Indian journal of veterinary science and animal husbandry - Volume 12,
Year: 1942
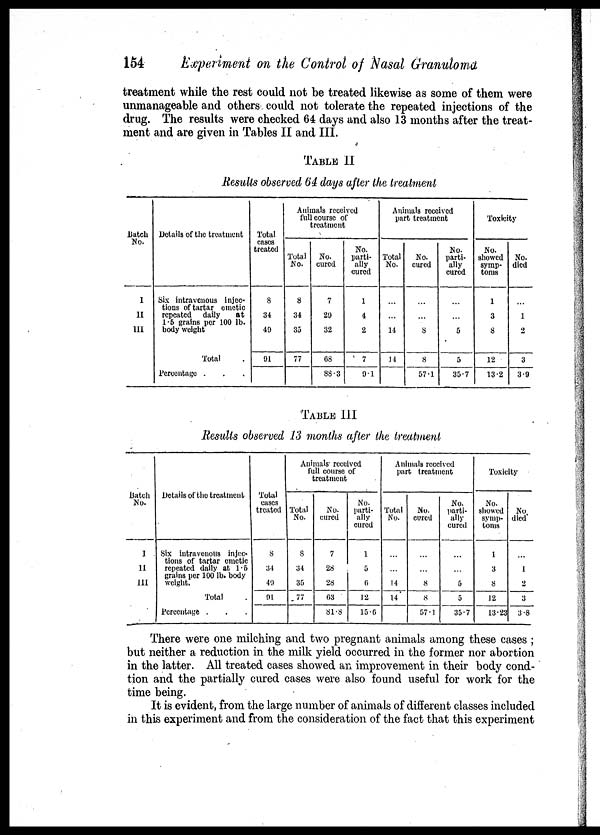
154
Experiment
on the Control of Nasal Granuloma
treatment while the rest could not be treated likewise as some of them were
unmanageable and others could not tolerate the repeated injections of the
drug. The results were checked 64 days and also 13 months after the treat-
ment and are given in Tables II and III.
TABLE II
Results observed 64 days after the treatment
Batch
No.
I
II
III
Details of the treatment
Six intravenous injec-
tions of tartar emetic
repeated
daily
at
1.5 grains per 100 lb.
body weight
Total .
Percentage . . .
Total
cases
treated
8
34
49
91
Animals received
full course of
treatment
Total
No.
3
34
35
77
No.
cured
7
29
32
68
88.3
No.
parti-
ally
cured
1
4
2
7
9.1
Animals received
part treatment
Total
No.
...
...
14
14
No.
cured
...
...
8
8
57.1
No.
parti-
ally
cured
...
...
5
5
35.7
Toxicity
No.
showed
symp-
toms
1
3
8
12
13.2
No.
died
...
1
2
3
3.9
TABLE III
Results observed 13 months after the treatment
Batch
No.
I
II
III
Details of the treatment
Six intravenous injec-
tions of tartar emetic
repeated daily at 1.6
grains per 100 lb. body
weight.
Total .
Percentage . . .
Total
cases
treated
8
34
49
91
Animals received
full course of
treatment
Total
No.
8
34
35
77
No.
cured
7
28
28
63
81.8
No.
parti-
ally
cured
1
5
6
12
15.6
Animals received
part treatment
Total
No.
...
...
14
14
No.
cured
...
...
8
8
57.1
No.
parti-
ally
cured
...
...
5
5
35.7
Toxic
No.
showed
symp-
toms
1
3
8
12
13.23
No
died
...
1
2
3
3.8
There were one milching and two pregnant animals among these cases ;
but neither a reduction in the milk yield occurred in the former nor abortion
in the latter. All treated cases showed an improvement in their body cond¬
tion and the partially cured cases were also found useful for work for the
time being.
It is evident, from the large number of animals of different classes included
in this experiment and from the consideration of the fact that this experiment